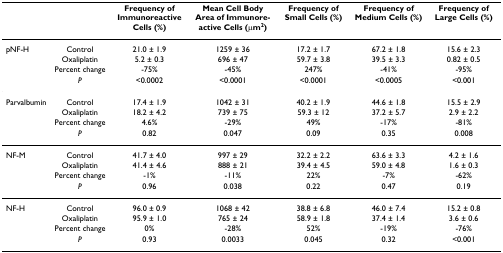
<table><thead><tr><td></td><td></td><td><b>Frequency of Immunoreactive Cells (%)</b></td><td><b>Mean Cell Body Area of Immunoreactive Cells (μm<sup>2</sup>)</b></td><td><b>Frequency of Small Cells (%)</b></td><td><b>Frequency of Medium Cells (%)</b></td><td><b>Frequency of Large Cells (%)</b></td></tr></thead><tbody><tr><td>pNF-H</td><td>Control</td><td>21.0 ± 1.9</td><td>1259 ± 36</td><td>17.2 ± 1.7</td><td>67.2 ± 1.8</td><td>15.6 ± 2.3</td></tr><tr><td></td><td>Oxaliplatin</td><td>5.2 ± 0.3</td><td>696 ± 47</td><td>59.7 ± 3.8</td><td>39.5 ± 3.3</td><td>0.82 ± 0.5</td></tr><tr><td></td><td>Percent change</td><td>-75%</td><td>-45%</td><td>247%</td><td>-41%</td><td>-95%</td></tr><tr><td></td><td><i>P</i></td><td>&lt;0.0002</td><td>&lt;0.0001</td><td>&lt;0.0001</td><td>&lt;0.0005</td><td>&lt;0.001</td></tr><tr><td>Parvalbumin</td><td>Control</td><td>17.4 ± 1.9</td><td>1042 ± 31</td><td>40.2 ± 1.9</td><td>44.6 ± 1.8</td><td>15.5 ± 2.9</td></tr><tr><td></td><td>Oxaliplatin</td><td>18.2 ± 4.2</td><td>739 ± 75</td><td>59.3 ± 12</td><td>37.2 ± 5.7</td><td>2.9 ± 2.2</td></tr><tr><td></td><td>Percent change</td><td>4.6%</td><td>-29%</td><td>49%</td><td>-17%</td><td>-81%</td></tr><tr><td></td><td><i>P</i></td><td>0.82</td><td>0.047</td><td>0.09</td><td>0.35</td><td>0.008</td></tr><tr><td>NF-M</td><td>Control</td><td>41.7 ± 4.0</td><td>997 ± 29</td><td>32.2 ± 2.2</td><td>63.6 ± 3.3</td><td>4.2 ± 1.6</td></tr><tr><td></td><td>Oxaliplatin</td><td>41.4 ± 4.6</td><td>888 ± 21</td><td>39.4 ± 4.5</td><td>59.0 ± 4.8</td><td>1.6 ± 0.3</td></tr><tr><td></td><td>Percent change</td><td>-1%</td><td>-11%</td><td>22%</td><td>-7%</td><td>-62%</td></tr><tr><td></td><td><i>P</i></td><td>0.96</td><td>0.038</td><td>0.22</td><td>0.47</td><td>0.19</td></tr><tr><td>NF-H</td><td>Control</td><td>96.0 ± 0.9</td><td>1068 ± 42</td><td>38.8 ± 6.8</td><td>46.0 ± 7.4</td><td>15.2 ± 0.8</td></tr><tr><td></td><td>Oxaliplatin</td><td>95.9 ± 1.0</td><td>765 ± 24</td><td>58.9 ± 1.8</td><td>37.4 ± 1.4</td><td>3.6 ± 0.6</td></tr><tr><td></td><td>Percent change</td><td>0%</td><td>-28%</td><td>52%</td><td>-19%</td><td>-76%</td></tr><tr><td></td><td><i>P</i></td><td>0.93</td><td>0.0033</td><td>0.045</td><td>0.32</td><td>&lt;0.001</td></tr></tbody></table>